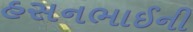
હસનભાઈની